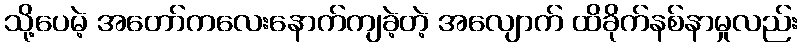
သို့ပေမဲ့ အတော်ကလေးနောက်ကျခဲ့တဲ့ အလျောက် ထိခိုက်နစ်နာမှုလည်း